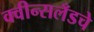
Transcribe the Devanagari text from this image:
क्वीन्सलँडचे